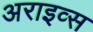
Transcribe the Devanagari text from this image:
अराइव्स